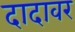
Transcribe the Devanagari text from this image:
दादावर